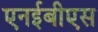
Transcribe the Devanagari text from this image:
एनईबीएस